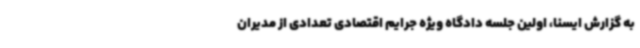
به گزارش ایسنا، اولین جلسه دادگاه ویژه جرایم اقتصادی تعدادی از مدیران